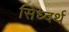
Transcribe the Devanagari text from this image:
सिध्दर्थ